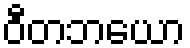
ဝီတဘယော